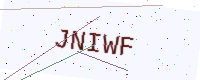
Text: JNIWF